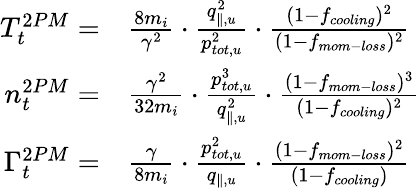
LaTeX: \begin{array}{rl}{T_{t}^{2PM}=}&{{}\frac{8m_{i}}{\gamma^{2}}\cdot\frac{q_{\parallel,u}^{2}}{p_{tot,u}^{2}}\cdot\frac{(1-f_{cooling})^{2}}{(1-f_{mom-loss})^{2}}}\\ {n_{t}^{2PM}=}&{{}\frac{\gamma^{2}}{32m_{i}}\cdot\frac{p_{tot,u}^{3}}{q_{\parallel,u}^{2}}\cdot\frac{(1-f_{mom-loss})^{3}}{(1-f_{cooling})^{2}}}\\ {\Gamma_{t}^{2PM}=}&{{}\frac{\gamma}{8m_{i}}\cdot\frac{p_{tot,u}^{2}}{q_{\parallel,u}}\cdot\frac{(1-f_{mom-loss})^{2}}{(1-f_{cooling})}}\end{array}